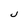
Character: J